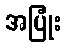
အပြုံး